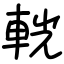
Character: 輄